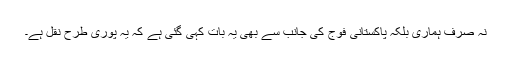
نہ صرف ہماری بلکہ پاکستانی فوج کی جانب سے بھی یہ بات کہی گئی ہے کہ یہ پوری طرح نقل ہے۔